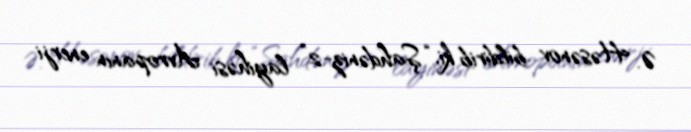
Ə. Həsənov bildirib ki, “Şahdəniz-2” layihəsi Avropanın enerji